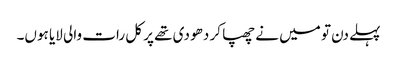
پہلے دن تو میں نے چھپا کر دھو دی تھے پر کل رات والی لایا ہوں۔